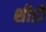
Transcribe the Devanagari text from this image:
शीर्डी